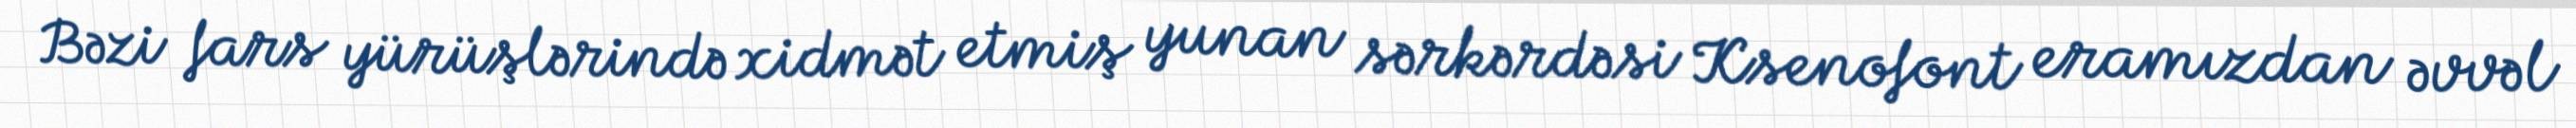
Bəzi fars yürüşlərində xidmət etmiş yunan sərkərdəsi Ksenofont eramızdan əvvəl